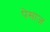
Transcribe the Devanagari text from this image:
पेसाज